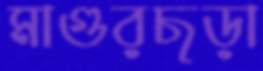
মাগুরছড়া